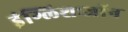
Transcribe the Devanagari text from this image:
इंग्लिशःजॉन